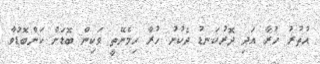
އުތުރު ހުރާ އަދި ދޮރުކަނޑު ދެކުނު ހުރާ ހިމެނޭތީ ވަކިން ބޮޑަށް ކަންބޮޑުވާ